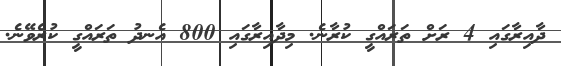
ދާއިރާގައި 4 ރަށް ތަރައްގީ ކުރާނެ. މިދާއިރާގައި 800 އެނދު ތަރައްގީ ކުރެވޭނެ.